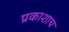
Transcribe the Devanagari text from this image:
प्रकाशाच